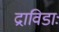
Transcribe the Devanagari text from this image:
द्राविडाः